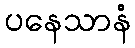
ပနေသာနံ